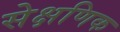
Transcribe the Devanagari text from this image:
सेक्षणिक